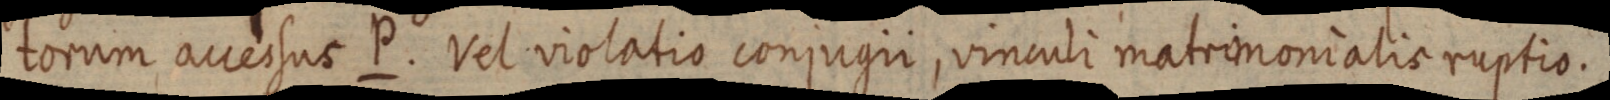
torum accessus P. Vel violatio conjugii, vinculi matrimonialis ruptio.